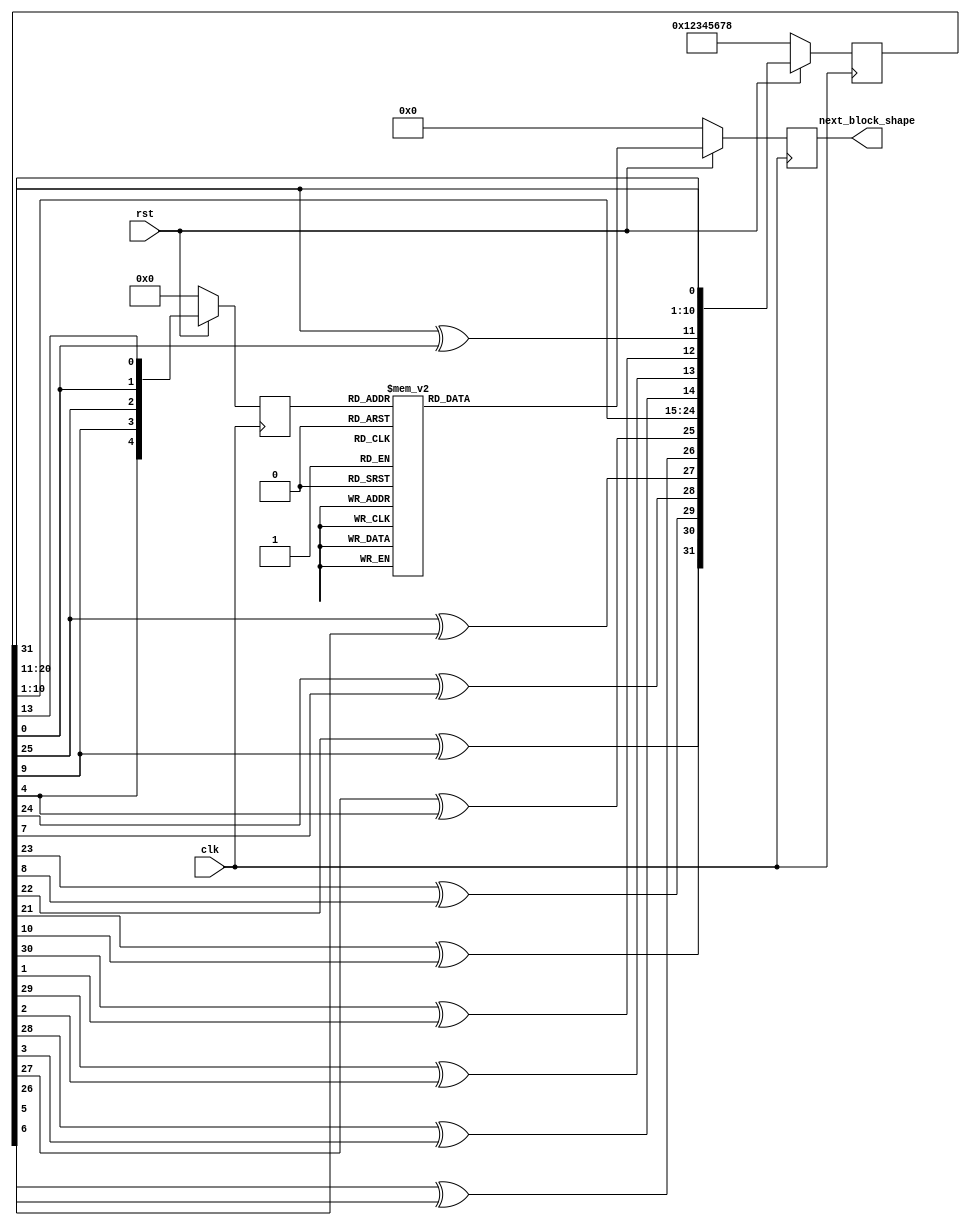

module new_piece(
					clk,
					rst,
					next_block_shape
					);
	
	input clk, rst;
	output reg [15:0] next_block_shape;
	
	
	parameter	A = 5'b00000,
					B = 5'b00001,
					C = 5'b00010,
					D = 5'b00011,
					E = 5'b00100,
					F = 5'b00101,
					G = 5'b00110,
					H = 5'b00111,
					I = 5'b01000,
					J = 5'b01001,
					K = 5'b01010,
					L = 5'b01011,
					M = 5'b01100,
					N = 5'b01101,
					O = 5'b01110,
					P = 5'b01111,
					Q = 5'b10000,
					R = 5'b10001,
					S = 5'b10010;
					
	parameter BLOCK_O = 16'h0660,
				 BLOCK_I_1 = 16'h0f00,
				 BLOCK_I_2 = 16'h4444,
				 BLOCK_S_1 = 16'h0360,
				 BLOCK_S_2 = 16'h2310,
				 BLOCK_Z_1 = 16'h0630,
				 BLOCK_Z_2 = 16'h2640,
				 BLOCK_L_1 = 16'h0740,
				 BLOCK_L_2 = 16'h4460,
				 BLOCK_L_3 = 16'h02e0,
				 BLOCK_L_4 = 16'h6220,
				 BLOCK_J_1 = 16'h0e20,
				 BLOCK_J_2 = 16'h6440,
				 BLOCK_J_3 = 16'h0470,
				 BLOCK_J_4 = 16'h2260,
				 BLOCK_T_1 = 16'h0720,
				 BLOCK_T_2 = 16'h4640,
				 BLOCK_T_3 = 16'h0270,
				 BLOCK_T_4 = 16'h2620;
	
	reg [31:0] random;
	reg [4:0] random_block_type;
	
//	initial begin
//		random_block_type = BLOCK_O;
//		random_block_type = 5'b0;
//		rand = 32'h12345678;
//	end
	
	always@ (posedge clk)
	begin
		if(!rst) begin
			random_block_type <= 5'd0;
			next_block_shape <= 16'd0;
         random <= 32'h12345678;
		end
		else
		begin
			random <= {random[21]^random[10], random[22]^random[9], random[23]^random[8], random[24]^random[7], random[25]^random[6], random[26]^random[5], random[27]^random[4], random[10:1], random[28]^random[3], random[29]^random[2], random[30]^random[1], random[31]^random[0], random[20:11], random[31]};
			random_block_type <= {random[4], random[9], random[25], random[0], random[13]};
			
			case(random_block_type)
				A:
					next_block_shape <= BLOCK_O;
				
				B: 
					next_block_shape <= BLOCK_I_1;
					
				C: 
					next_block_shape <= BLOCK_I_2;
				
				D: 
					next_block_shape <= BLOCK_S_1;
					
				E: 
					next_block_shape <= BLOCK_S_2;
					
				F:
					next_block_shape <= BLOCK_Z_1;
					
				G: 
					next_block_shape <= BLOCK_Z_2;
					
				H: 
					next_block_shape <= BLOCK_L_1;
					
				I: 
					next_block_shape <= BLOCK_L_2;
					
				J: 
					next_block_shape <= BLOCK_L_3;
					
				K: 
					next_block_shape <= BLOCK_L_4;
					
				L: 
					next_block_shape <= BLOCK_J_1;
					
				M: 
					next_block_shape <= BLOCK_J_2;
					
				N: 
					next_block_shape <= BLOCK_J_3;
					
				O: 
					next_block_shape <= BLOCK_J_4;
					
				P: 
					next_block_shape <= BLOCK_T_1;
					
				Q: 
					next_block_shape <= BLOCK_T_2;
					
				R:
					next_block_shape <= BLOCK_T_3;
					
				S: 
					next_block_shape <= BLOCK_T_4;
					
				default:
					next_block_shape <= BLOCK_O;
			endcase
		end
	end
	
endmodule